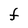
Character: F